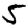
Digit: 5